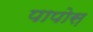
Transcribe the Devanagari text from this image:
पापोस़